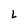
Character: L